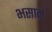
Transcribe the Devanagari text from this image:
भसान